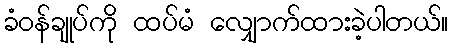
ခံဝန်ချုပ်ကို ထပ်မံ လျှောက်ထားခဲ့ပါတယ်။